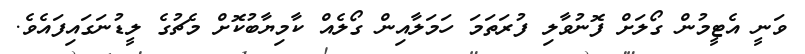
ވަނީ އެޓީމުން ގޯލަށް ފޮނުވާލި ފުރަތަމަ ހަމަލާއިން ގޯލެއް ކާމިޔާބުކޮށް މެޗުގެ ލީޑުނަގައިފައެވެ.